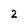
Character: 2